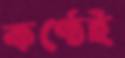
কণ্ঠেই